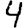
Digit: 4